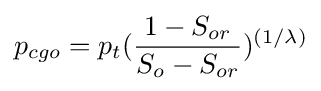
p_{cgo}=p_{t}({\frac {1-S_{or}}{S_{o}-S_{or}}})^{(1/\lambda )}